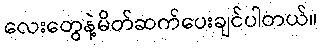
လေးတွေနဲ့မိတ်ဆက်ပေးချင်ပါတယ်။